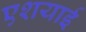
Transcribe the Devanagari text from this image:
एशयाई